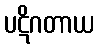
ပဋိဂတာယ